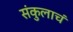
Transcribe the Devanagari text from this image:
संकुलाचं